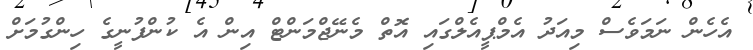
އެހެން ނަމަވެސް މިއަދު އެމްޕީއެލްގައި އޮތް މެނޭޖްމަންޓް އިން އެ ކުންފުނީގެ ހިންގުމަށް